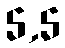
5,5